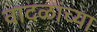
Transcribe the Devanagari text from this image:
वादळांच्या